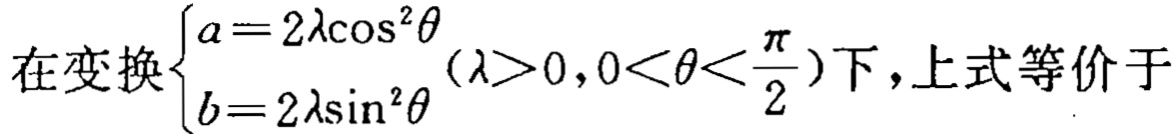
在变换$\begin{cases}a = 2\lambda\cos^{2}\theta \\ b = 2\lambda\sin^{2}\theta\end{cases}(\lambda>0,0<\theta<\frac{\pi}{2})$下，上式等价于